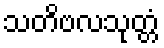
သတိဗလသုတ္တံ